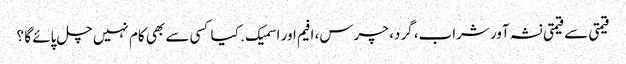
قیمتی سے قیمتی نشہ آور شراب، گرد، چرس، افیم اور اسمیک . کیا کسی سے بھی کام نہیں چل پائے گا ؟